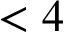
< 4